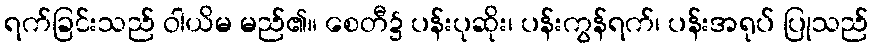
ရက်ခြင်းသည် ဝါယိမ မည်၏။ စေတီ၌ ပန်းပုဆိုး၊ ပန်းကွန်ရက်၊ ပန်းအရုပ် ပြုသည်